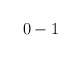
\begin{align*}0 & -1\end{align*}